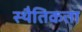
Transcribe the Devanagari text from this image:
स्थैतिकता